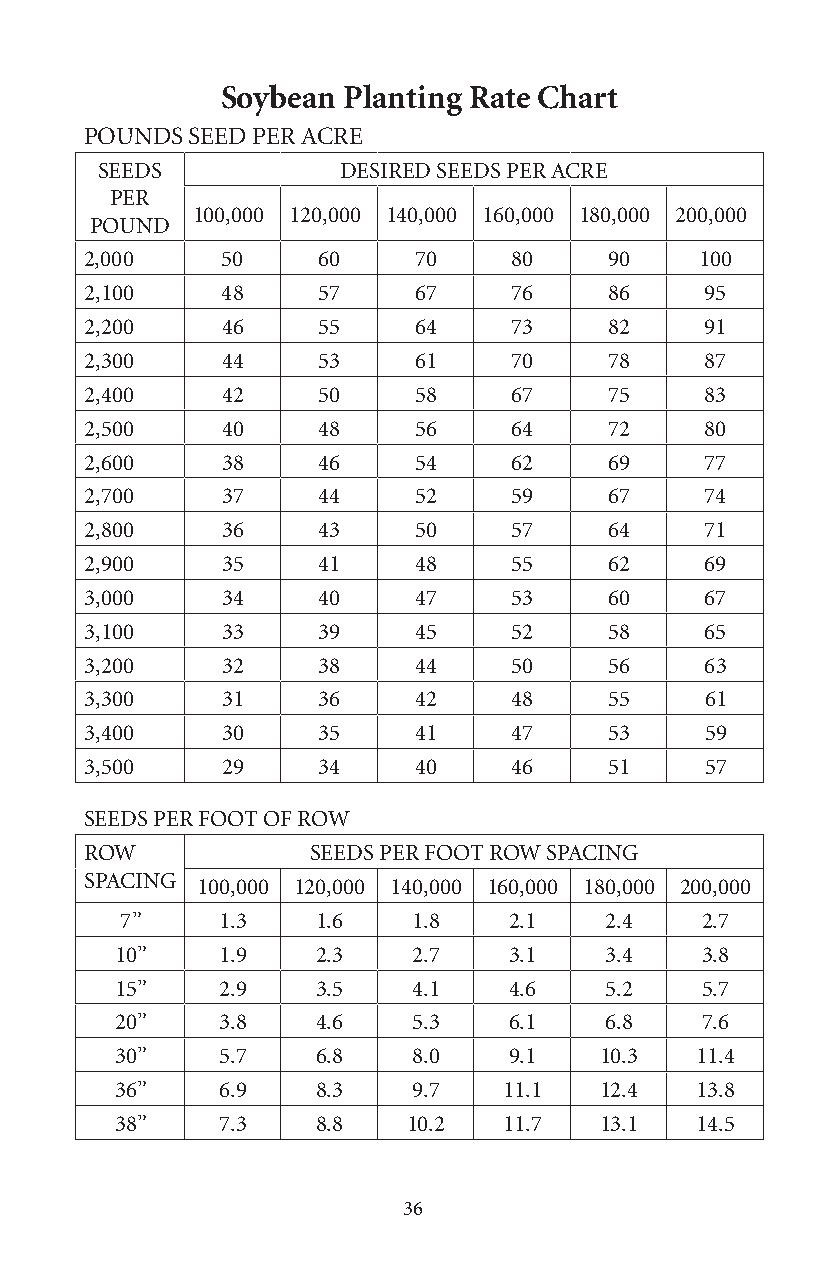
Soybean Planting Rate Chart
 POUNDS SEED PER ACRE
 SEEDS            DESIRED SEEDS PER ACRE
 PER
 100,000 120,000 140,000 160,000 180,000 200,000
 POUND
 2,000    50    60    70     80    90    100
 2,100    48    57    67     76    86     95
 2,200    46    55    64     73    82     91
 2,300    44    53    61     70    78     87
 2,400    42    50    58     67    75     83
 2,500    40    48    56     64    72     80
 2,600    38    46    54     62    69     77
 2,700    37    44    52     59    67     74
 2,800    36    43    50     57    64     71
 2,900    35    41    48     55    62     69
 3,000    34    40    47     53    60     67
 3,100    33    39    45     52    58     65
 3,200    32    38    44     50    56     63
 3,300    31    36    42     48    55     61
 3,400    30    35    41     47    53     59
 3,500    29    34    40     46    51     57
 SEEDS PER FOOT OF ROW
 ROW            SEEDS PER FOOT ROW SPACING
 SPACING
 100,000 120,000 140,000 160,000 180,000 200,000
 7”    1.3    1.6   1.8    2.1   2.4   2.7
 10”   1.9    2.3   2.7    3.1   3.4   3.8
 15”   2.9    3.5   4.1    4.6   5.2   5.7
 20”   3.8    4.6   5.3    6.1   6.8   7.6
 30”   5.7    6.8   8.0    9.1   10.3  11.4
 36”   6.9    8.3   9.7   11.1   12.4  13.8
 38”   7.3    8.8   10.2  11.7   13.1  14.5
 36